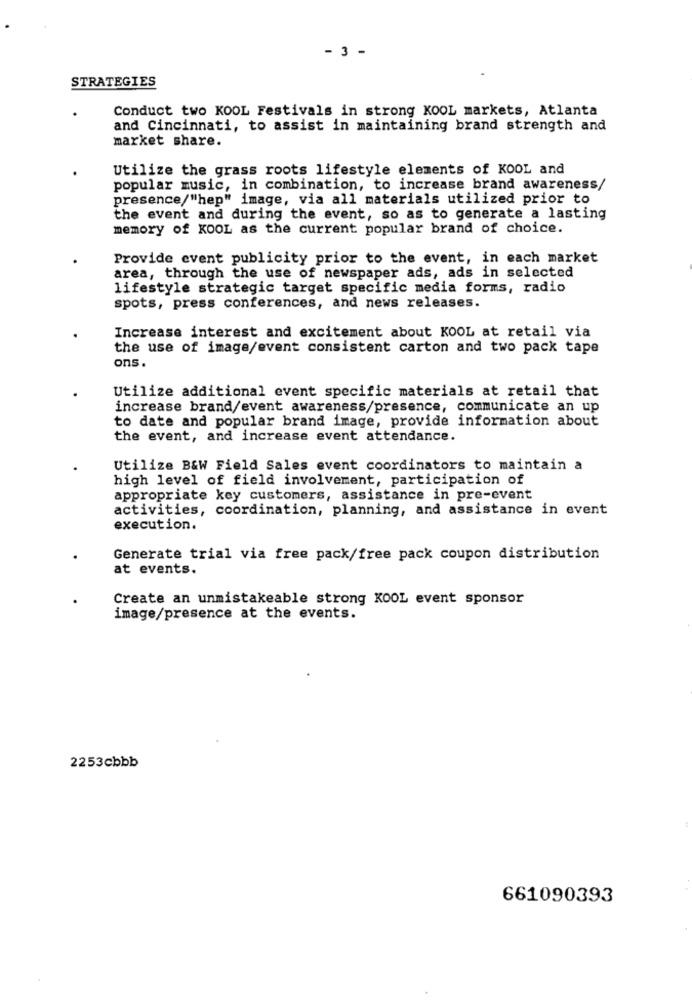
- 3 -
STRATEGIES
Conduct two KOOL Festivals in strong KOOL markets, Atlanta
and Cincinnati, to assist in maintaining brand strength and
market share.
Utilize the grass roots lifestyle elements of KOOL and
popular music, in combination, to increase brand awareness/
presence/"hep" image, via all materials utilized prior to
the event and during the event, so as to generate a lasting
memory of KOOL as the current popular brand of choice.
Provide event publicity prior to the event, in each market
area, through the use of newspaper ads, ads in selected
lifestyle strategic target specific media forms, radio
spots, press conferences, and news releases.
Increase interest and excitement about KOOL at retail via
the use of image/event consistent carton and two pack tape
ons.
Utilize additional event specific materials at retail that
increase brand/event awareness/presence, communicate an up
to date and popular brand image, provide information about
the event, and increase event attendance.
Utilize B&W Field Sales event coordinators to maintain a
high level of field involvement, participation of
appropriate key customers, assistance in pre-event
activities, coordination, planning, and assistance in event
execution.
Generate trial via free pack/free pack coupon distribution
at events.
Create an unmistakeable strong KOOL event sponsor
image/presence at the events.
2253cbbb
661090393